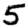
Digit: 5